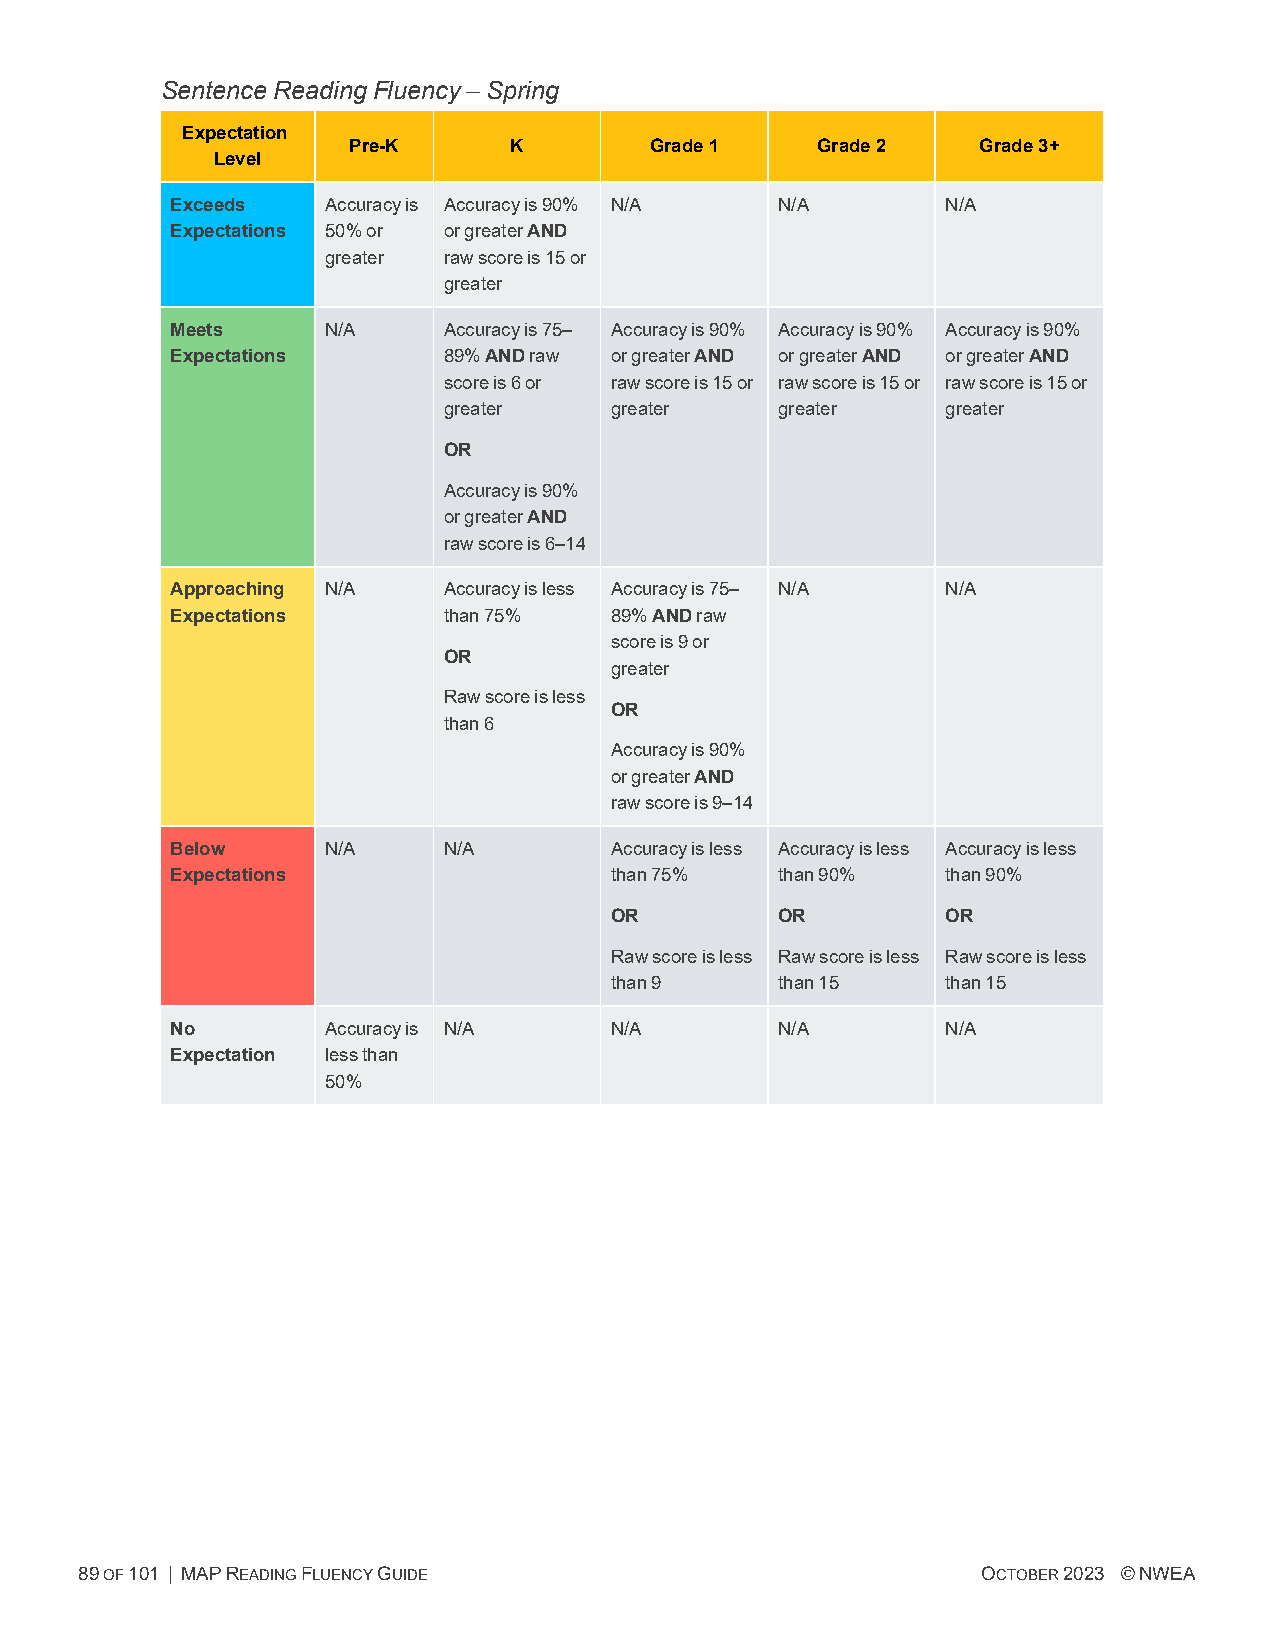
SentenceReadingFluency–Spring
 Expectation
 Pre-K      K        Grade1     Grade2     Grade3+
 Level
 Exceeds    Accuracyis Accuracyis90% N/A  N/A        N/A
 Expectations 50%or orgreaterAND
 greater rawscoreis15or
 greater
 Meets      N/A    Accuracyis75– Accuracyis90% Accuracyis90% Accuracyis90%
 Expectations      89%ANDraw  orgreaterAND orgreaterAND orgreaterAND
 scoreis6or rawscoreis15or rawscoreis15or rawscoreis15or
 greater    greater     greater    greater
 OR
 Accuracyis90%
 orgreaterAND
 rawscoreis6–14
 Approaching N/A   Accuracyisless Accuracyis75– N/A  N/A
 Expectations      than75%    89%ANDraw
 scoreis9or
 OR
 greater
 Rawscoreisless
 OR
 than6
 Accuracyis90%
 orgreaterAND
 rawscoreis9–14
 Below      N/A    N/A        Accuracyisless Accuracyisless Accuracyisless
 Expectations                 than75%     than90%    than90%
 OR          OR         OR
 Rawscoreisless Rawscoreisless Rawscoreisless
 than9       than15     than15
 No         Accuracyis N/A    N/A         N/A        N/A
 Expectation lessthan
 50%
 89OF101 | MAPREADINGFLUENCYGUIDE                            OCTOBER2023 ©NWEA